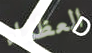
العظماء